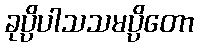
ခုပ္ပိပါသသမပ္ပိတော